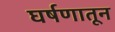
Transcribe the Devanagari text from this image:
घर्षणातून